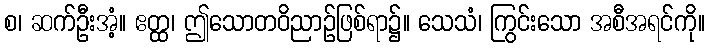
စ၊ ဆက်ဦးအံ့။ ဧတ္ထ၊ ဤသောတဝိညာဉ်ဖြစ်ရာ၌။ သေသံ၊ ကြွင်းသော အစီအရင်ကို။